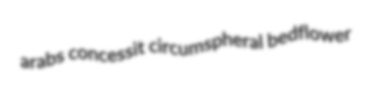
arabs concessit circumspheral bedflower